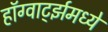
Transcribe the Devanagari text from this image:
हॉग्वार्ट्झमध्ये